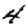
Digit: 4